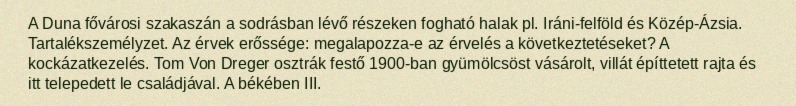
A Duna fővárosi szakaszán a sodrásban lévő részeken fogható halak pl. Iráni-felföld és Közép-Ázsia. Tartalékszemélyzet. Az érvek erőssége: megalapozza-e az érvelés a következtetéseket? A kockázatkezelés. Tom Von Dreger osztrák festő 1900-ban gyümölcsöst vásárolt, villát építtetett rajta és itt telepedett le családjával. A békében III.